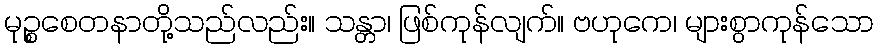
မုဉ္စစေတနာတို့သည်လည်း။ သန္တာ၊ ဖြစ်ကုန်လျက်။ ဗဟုကေ၊ များစွာကုန်သော